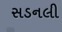
સડનલી